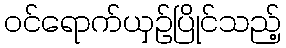
ဝင်ရောက်ယှဉ်ပြိုင်သည့်